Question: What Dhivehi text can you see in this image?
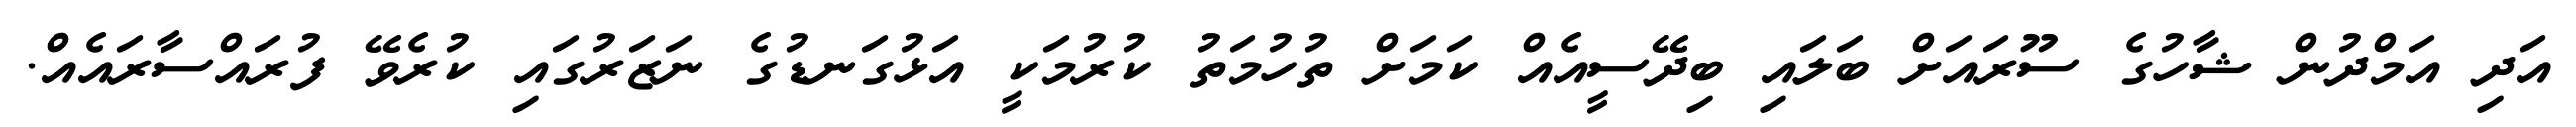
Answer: އަދި އަމްދުން ޝާހުގެ ސޫރައަށް ބަލައި ބިދޭސީއެއް ކަމަށް ތުހުމަތު ކުރުމަކީ އަޅުގަނޑުގެ ނަޒަރުގައި ކުރެވޭ ފުރައްސާރައެއް.